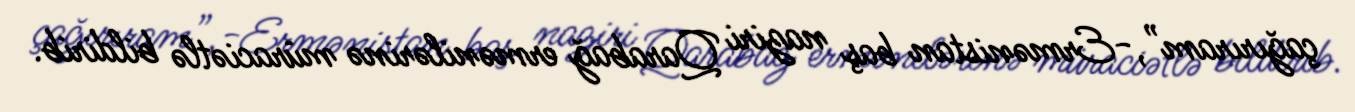
çağırıram”,-Ermənistan baş naziri Qarabağ ermənilərinə müraciətlə bildirib.